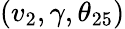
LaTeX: (v_{2},\gamma,\theta_{25})